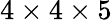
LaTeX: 4\times 4\times 5